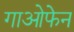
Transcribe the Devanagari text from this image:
गाओफेन